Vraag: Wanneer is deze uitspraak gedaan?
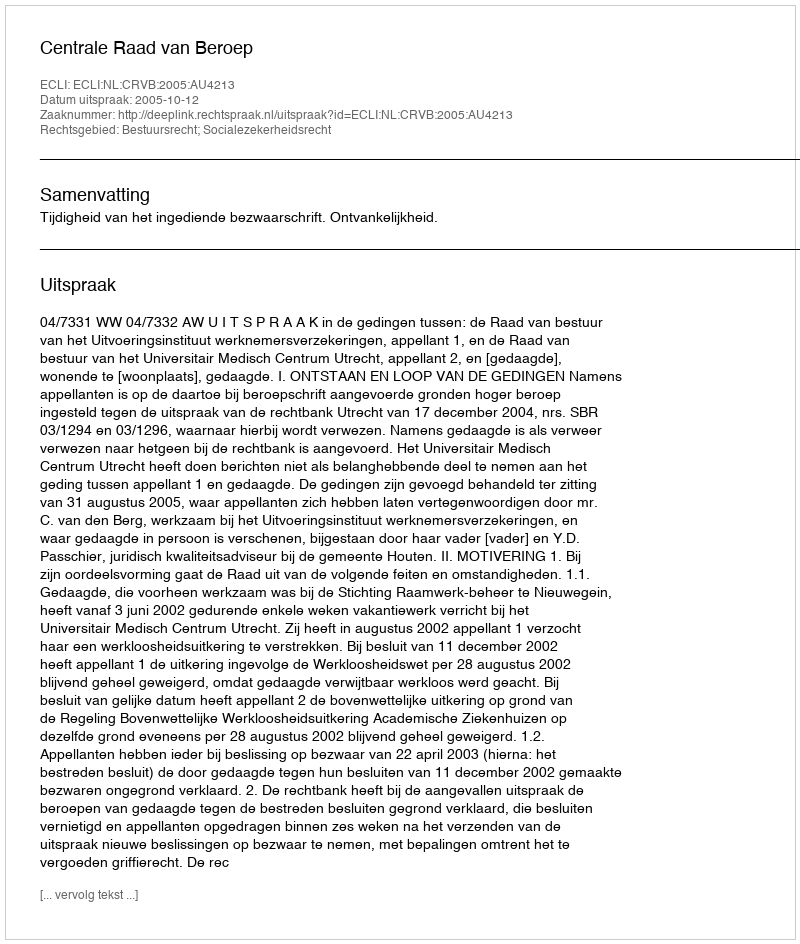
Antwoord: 2005-10-12